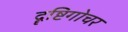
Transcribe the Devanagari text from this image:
दॄष्टिगोचर